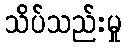
သိပ်သည်းမှု